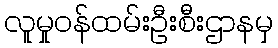
လူမှုဝန်ထမ်းဦးစီးဌာနမှ